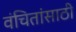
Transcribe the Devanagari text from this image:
वंचितांसाठी